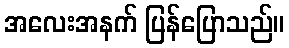
အလေးအနက် ပြန်ပြောသည်။